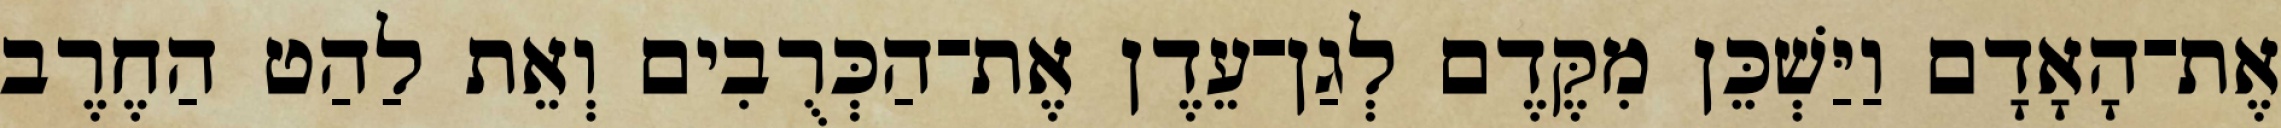
אֶת־הָאָדָם וַיַּשְׁכֵּן מִקֶּדֶם לְגַן־עֵדֶן אֶת־הַכְּרֻבִים וְאֵת לַהַט הַחֶרֶב